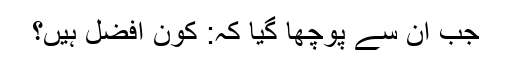
جب ان سے پوچھا گیا کہ: کون افضل ہیں؟